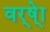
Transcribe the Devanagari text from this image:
वर्ष्‍ेा